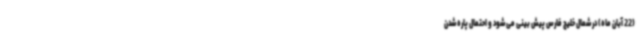
(22 آبان ماه) در شمال خلیج فارس پیش بینی می شود و احتمال پاره شدن